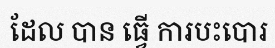
ដែល បាន ធ្វើ ការបះបោរ